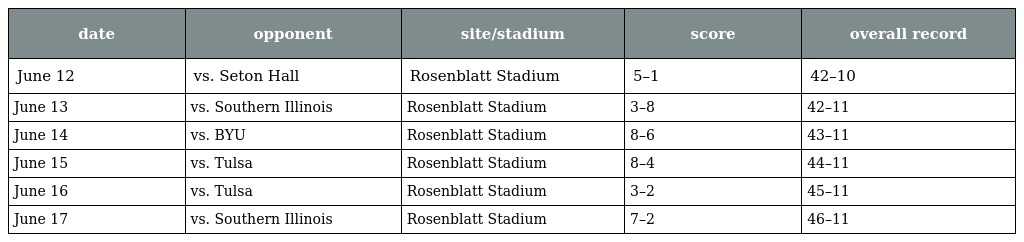
| date | opponent | site/stadium | score | overall record |
 | --- | --- | --- | --- | --- |
 | June 12 | vs. Seton Hall | Rosenblatt Stadium | 5–1 | 42–10 |
 | June 13 | vs. Southern Illinois | Rosenblatt Stadium | 3–8 | 42–11 |
 | June 14 | vs. BYU | Rosenblatt Stadium | 8–6 | 43–11 |
 | June 15 | vs. Tulsa | Rosenblatt Stadium | 8–4 | 44–11 |
 | June 16 | vs. Tulsa | Rosenblatt Stadium | 3–2 | 45–11 |
 | June 17 | vs. Southern Illinois | Rosenblatt Stadium | 7–2 | 46–11 |